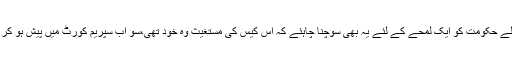
سزائے موت کے فیصلے کوغیر آئینی قرار دینے سے پہلے حکومت کو ایک لمحے کے لئے یہ بھی سوچنا چاہئے کہ اس کیس کی مستغیث وہ خود تھی،سو اب سپریم کورٹ میں پیش ہو کر کیا یہ کہے گی کہ حکومت استغاثہ واپس لینا چاہتی ہے؟